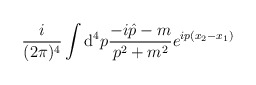
\begin{align*}\frac{i}{(2\pi)^4}\int {\mathrm d}^4 p \frac{-i \hat{p}-m}{p^2+m^2}e^{i p(x_2-x_1)}\end{align*}